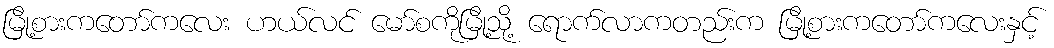
မြို့စားကတော်ကလေး ဟယ်လင် မော်စကိုမြို့သို့ ရောက်လာကတည်းက မြို့စားကတော်ကလေးနှင့်